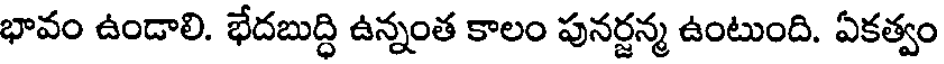
భావం ఉండాలి. భేదబుద్ధి ఉన్నంత కాలం పునర్జన్మ ఉంటుంది. ఏకత్వం